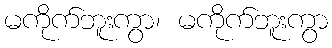
မကိုက်ဘူးကွာ၊ မကိုက်ဘူးကွာ